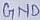
Text: GND